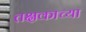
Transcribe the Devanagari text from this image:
तक्षकाच्या